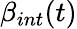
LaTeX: \beta_{int}(t)